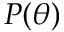
P ( \theta )